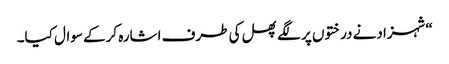
“شہزادنے درختوں پر لگے پھل کی طرف اشارہ کرکے سوال کیا۔